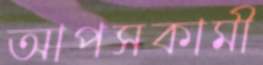
আপসকামী